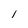
Character: l